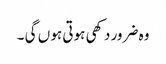
وہ ضرور دکھی ہوتی ہو ں گی ۔